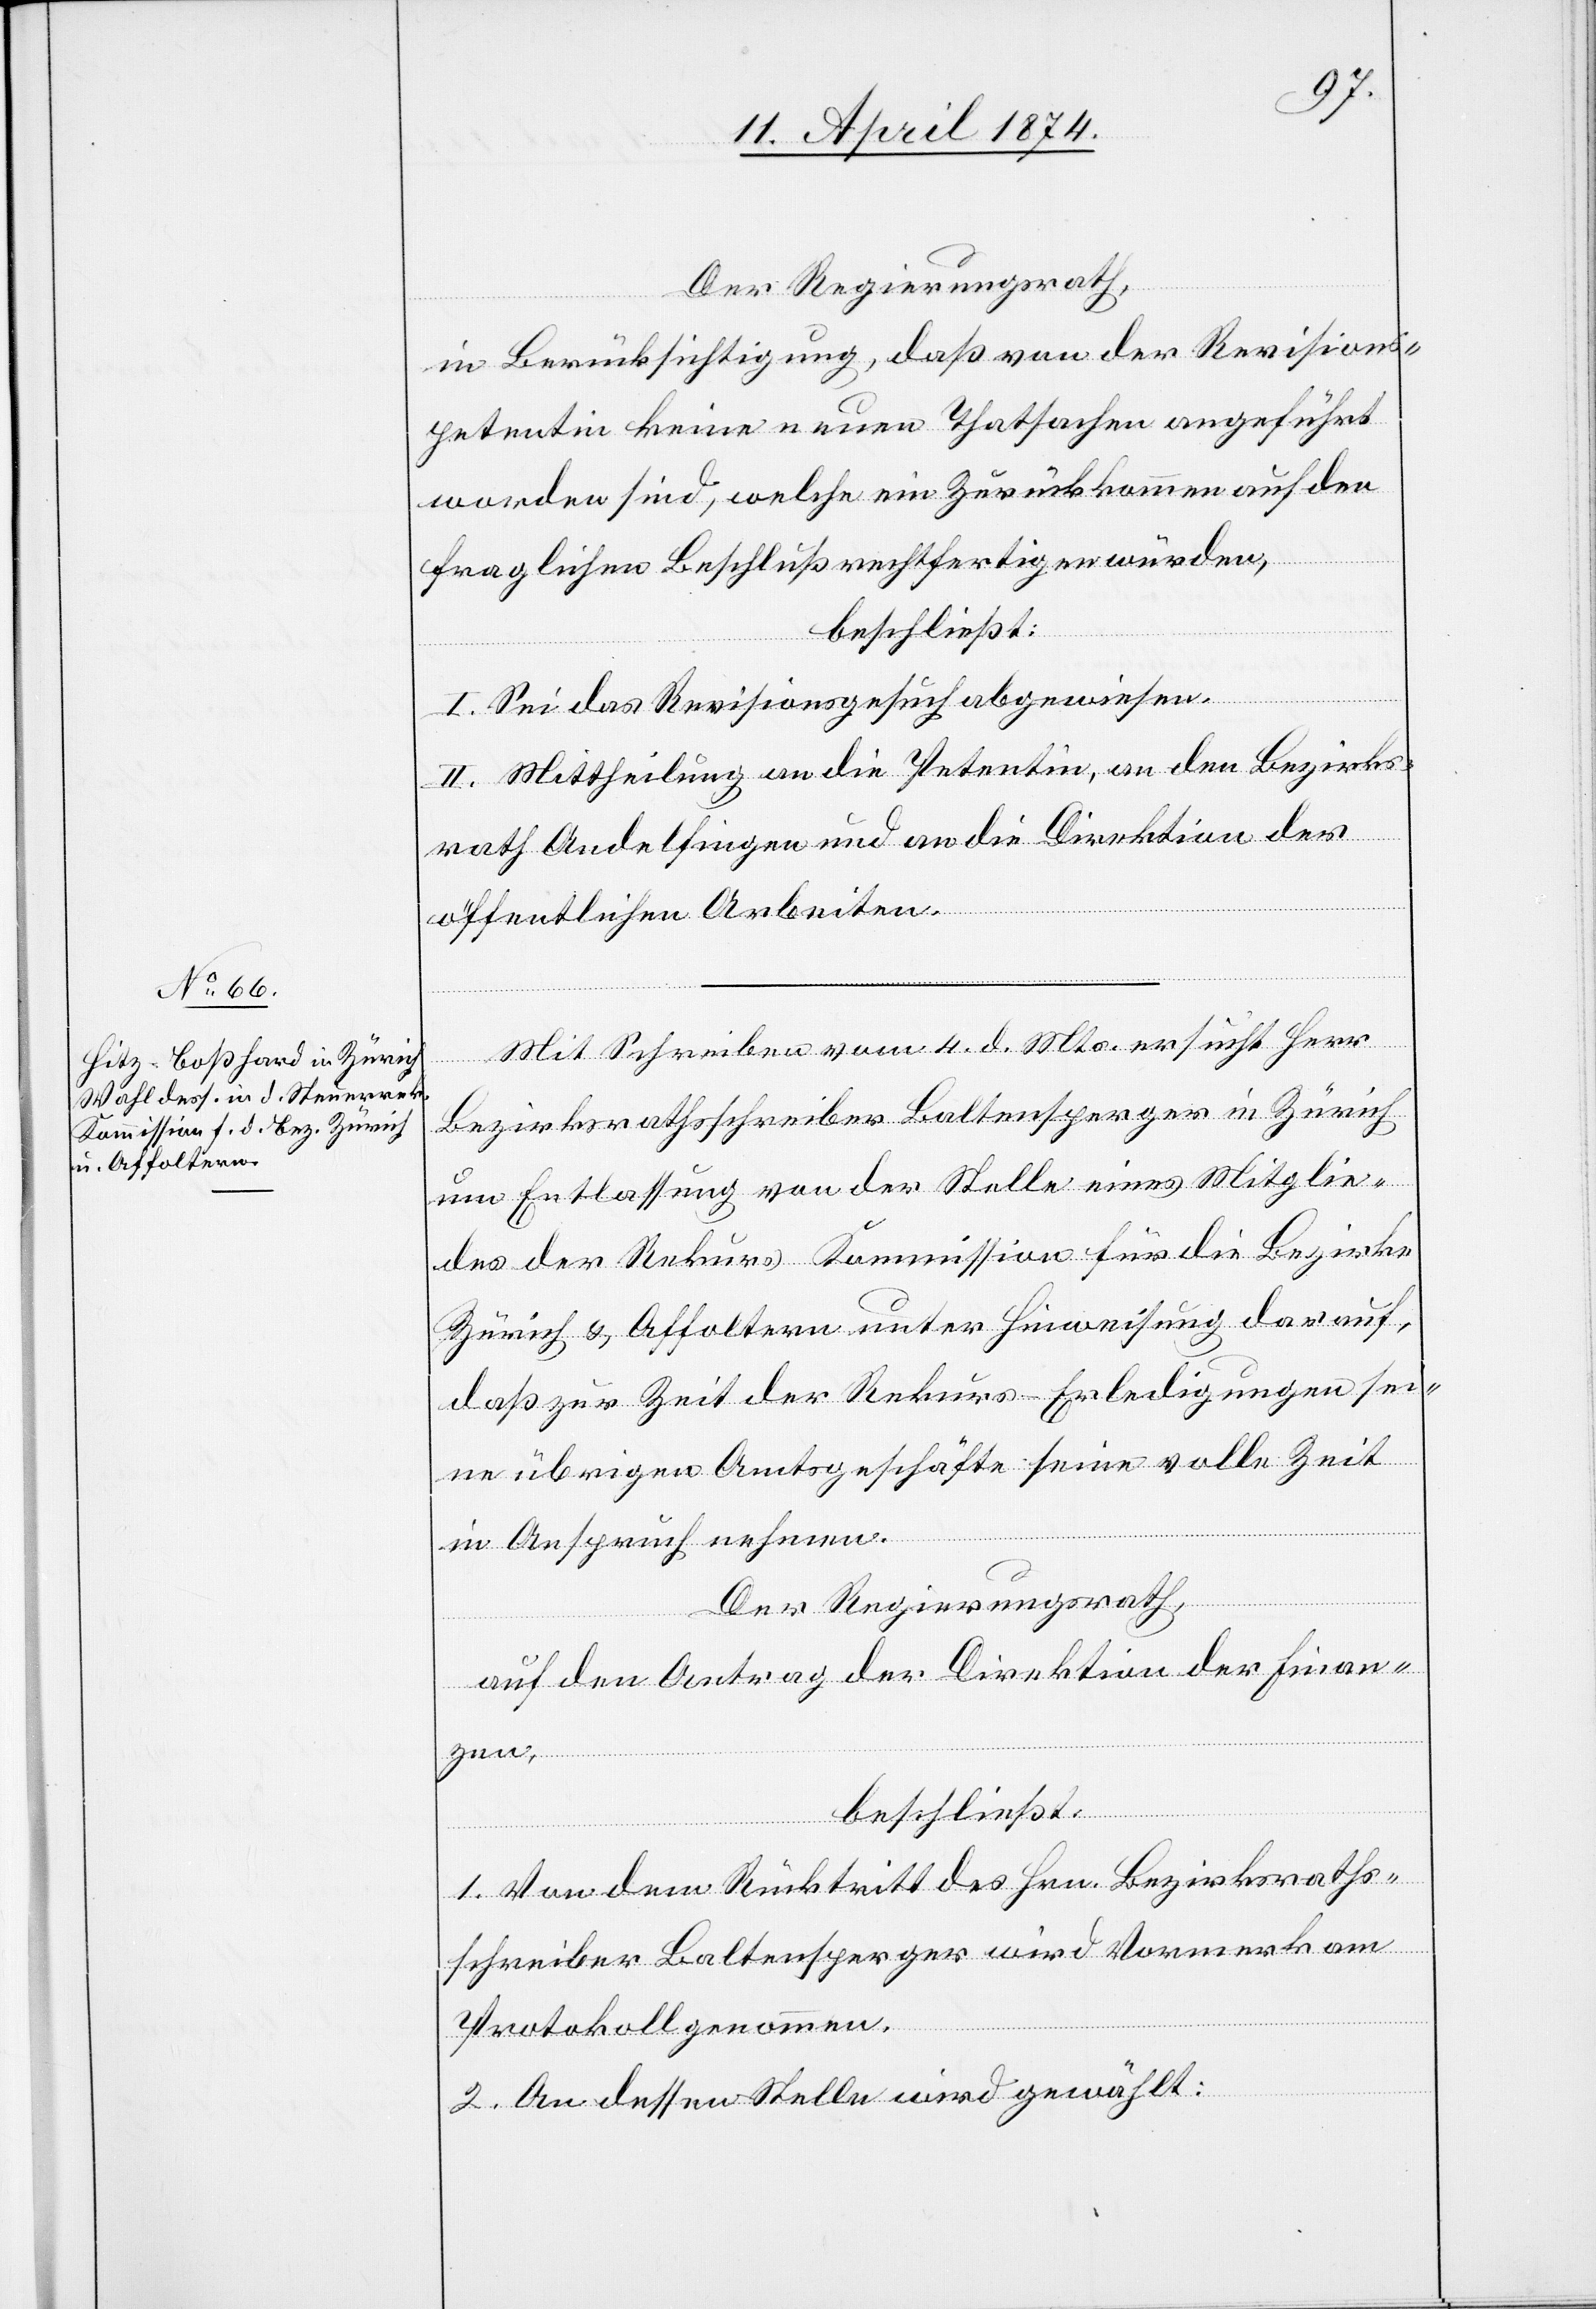
Der Regierungsrath,
in Berücksichtigung, daß von der Revisions¬
petentin keine neuen Thatsachen angeführt
worden sind, welche ein Zurückkommen auf den
fraglichen Beschluß rechtfertigen würden,
beschließt:
I. Sei das Revisionsgesuch abgewiesen.
II. Mittheilung an die Petentin, an den Bezirks¬
rath Andelfingen und an die Direktion der
öffentlichen Arbeiten.
Mit Schreiben vom 4. d. Mts. ersucht Herr
Bezirksrathsschreiber Baltensperger in Zürich
um Entlassung von der Stelle eines Mitglie¬
des der Rekurs Kommission für die Bezirke
Zürich u. Affoltern unter Hinweisung darauf,
daß zur Zeit der Rekurs-Erledigungen sei¬
ne übrigen Amtsgeschäfte seine volle Zeit
in Anspruch nehmen.
Der Regierungsrath,
auf den Antrag der Direktion der Finan¬
zen,
beschließt:
1. Von dem Rücktritt des Hrn. Bezirksraths¬
schreiber Baltensperger wird Vormerk am
Protokoll genommen.
2. An dessen Stelle wird gewählt: